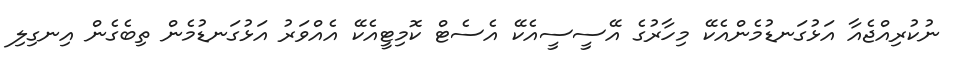
ނުކުރިއްޖެއާ އަޅުގަނޑުމެންއެކޭ މިހާރުގެ އޭސީސީއެކޭ އެސެޓް ކޮމިޓީއެކޭ އެއްވަރު އަޅުގަނޑުމެން ތިބެގެން އިނގިލި